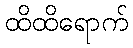
ထိထိရောက်